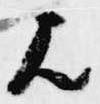
歟